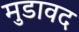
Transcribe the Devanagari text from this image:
मुडावद